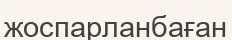
жоспарланбаған